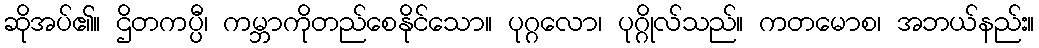
ဆိုအပ်၏။ ဌိတကပ္ပီ၊ ကမ္ဘာကိုတည်စေနိုင်သော။ ပုဂ္ဂလော၊ ပုဂ္ဂိုလ်သည်။ ကတမောစ၊ အဘယ်နည်း။